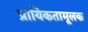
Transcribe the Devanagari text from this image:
प्रायिकतामूलक